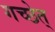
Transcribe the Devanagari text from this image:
गच्छेत्